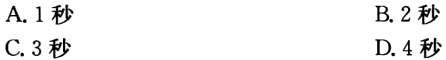
A. 1秒
B. 2秒
C. 3秒
D. 4秒